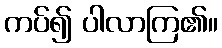
ကပ်၍ ပါလာကြ၏။